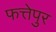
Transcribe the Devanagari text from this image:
फत्तेपुर